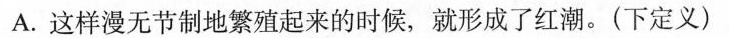
A.这样漫无节制地繁殖起来的时候，就形成了红潮。(下定义)